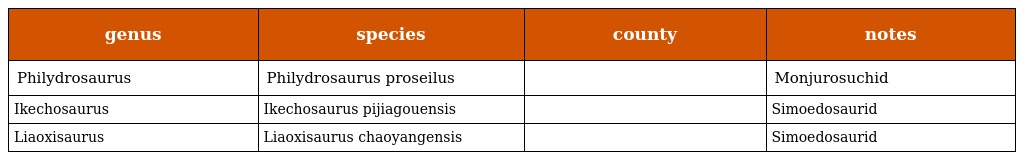
| genus | species | county | notes |
 | --- | --- | --- | --- |
 | Philydrosaurus | Philydrosaurus proseilus |  | Monjurosuchid |
 | Ikechosaurus | Ikechosaurus pijiagouensis |  | Simoedosaurid |
 | Liaoxisaurus | Liaoxisaurus chaoyangensis |  | Simoedosaurid |